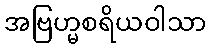
အဗြဟ္မစရိယဝါသာ